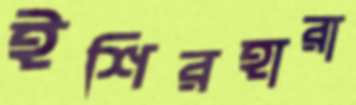
ইশিরহারা